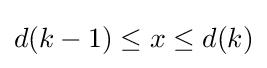
d(k-1)\leq x\leq d(k)